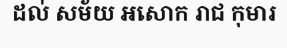
ដល់ សម័យ អសោក រាជ កុមារ